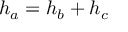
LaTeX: h _ { a } = h _ { b } + h _ { c }